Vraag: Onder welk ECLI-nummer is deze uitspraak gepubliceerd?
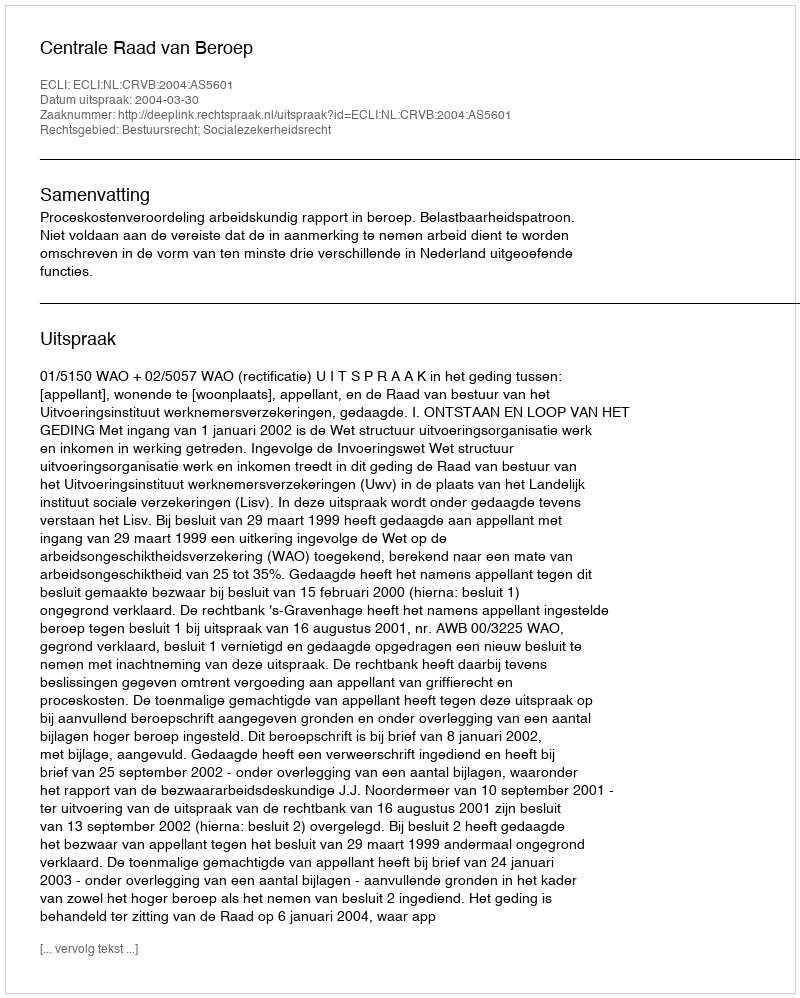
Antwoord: ECLI:NL:CRVB:2004:AS5601